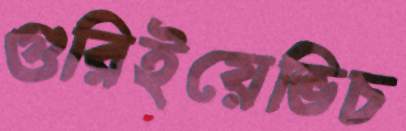
গুরিইয়েভিচ